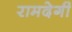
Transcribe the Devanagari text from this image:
रामदेगी